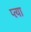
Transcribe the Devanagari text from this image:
प्त्या